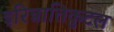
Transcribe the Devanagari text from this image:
इरिन्नातिकुटल